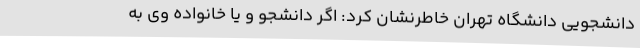
دانشجویی دانشگاه تهران خاطرنشان کرد: اگر دانشجو و یا خانواده وی به